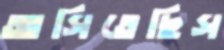
আসিতেছিস